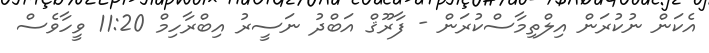
އެކަން ނުކުރަން އިލްތިމާސްކުރަން - ފާރޫޤް އަބްދު ނަސީރު އިބްރާހިމް 11:20 ވީހާވެސް